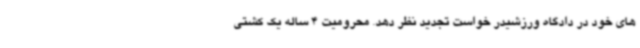
های خود در دادگاه ورزشیدر خواست تجدید نظر دهد. محرومیت 4 ساله یک کشتی